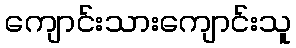
ကျောင်းသားကျောင်းသူ